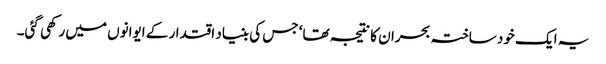
یہ ایک خود ساختہ بحران کا نتیجہ تھا‘ جس کی بنیاد اقتدار کے ایوانوں میں رکھی گئی۔